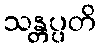
သန္တပ္ပတိ